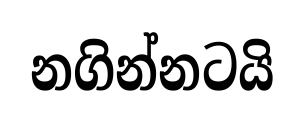
නගින්නටයි